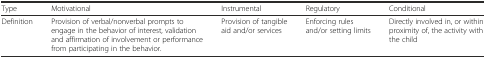
<table><thead><tr><td><b>Type</b></td><td><b>Motivational</b></td><td><b>Instrumental</b></td><td><b>Regulatory</b></td><td><b>Conditional</b></td></tr></thead><tbody><tr><td>Definition</td><td>Provision of verbal/nonverbal prompts to engage in the behavior of interest, validation and affirmation of involvement or performance from participating in the behavior.</td><td>Provision of tangible aid and/or services</td><td>Enforcing rules and/or setting limits</td><td>Directly involved in, or within proximity of, the activity with the child</td></tr></tbody></table>